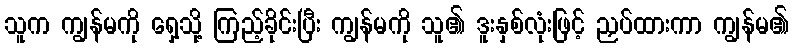
သူက ကျွန်မကို ရှေ့သို့ ကြည့်ခိုင်းပြီး ကျွန်မကို သူ၏ ဒူးနှစ်လုံးဖြင့် ညှပ်ထားကာ ကျွန်မ၏